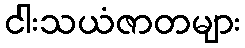
ငါးသယံဇာတများ